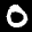
Label: 0